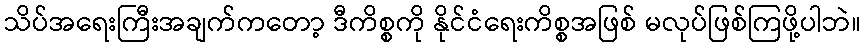
သိပ်အရေးကြီးအချက်ကတော့ ဒီကိစ္စကို နိုင်ငံရေးကိစ္စအဖြစ် မလုပ်ဖြစ်ကြဖို့ပါဘဲ။